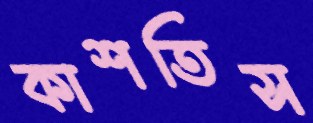
কাশতিস